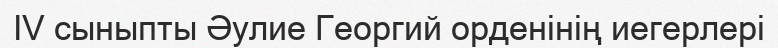
IV сыныпты Әулие Георгий орденінің иегерлері